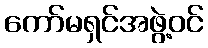
ကော်မရှင်အဖွဲ့ဝင်